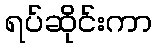
ရပ်ဆိုင်းကာ